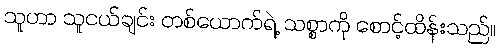
သူဟာ သူငယ်ချင်း တစ်ယောက်ရဲ့ သစ္စာကို စောင့်ထိန်းသည်။